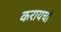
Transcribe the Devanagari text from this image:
करायचो